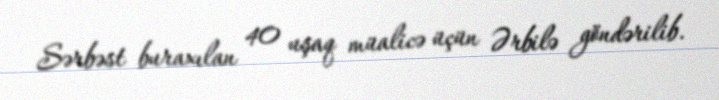
Sərbəst buraxılan 40 uşaq müalicə üçün Ərbilə göndərilib.